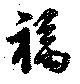
福